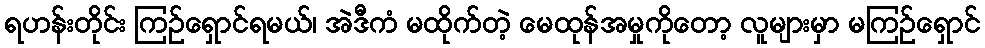
ရဟန်းတိုင်း ကြဉ်ရှောင်ရမယ်၊ အဲဒီကံ မထိုက်တဲ့ မေထုန်အမှုကိုတော့ လူများမှာ မကြဉ်ရှောင်